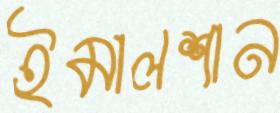
ইমালশান